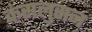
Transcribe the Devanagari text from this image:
कंसलुसन